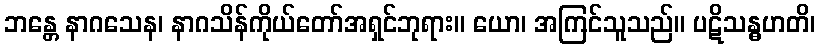
ဘန္တေ နာဂသေန၊ နာဂသိန်ကိုယ်တော်အရှင်ဘုရား။ ယော၊ အကြင်သူသည်။ ပဋိသန္ဓဟတိ၊